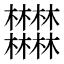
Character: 𣡽